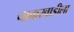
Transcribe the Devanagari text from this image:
चाकरवाडीला